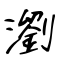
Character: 瀏